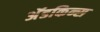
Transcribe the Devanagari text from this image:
अॅडकिन्स